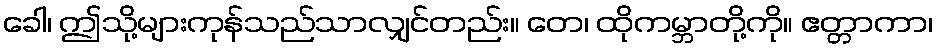
ခေါ၊ ဤသို့များကုန်သည်သာလျှင်တည်း။ တေ၊ ထိုကမ္ဘာတို့ကို။ ဧတ္တာကာ၊